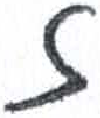
אות: ז